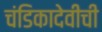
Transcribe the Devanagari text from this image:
चंडिकादेवीची